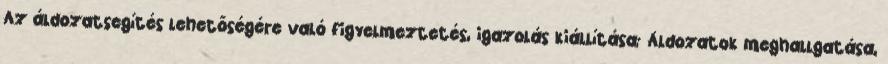
Az áldozatsegítés lehetőségére való figyelmeztetés, igazolás kiállítása; Áldozatok meghallgatása,